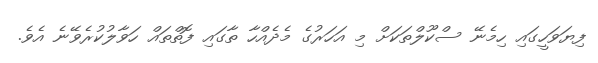
ފިޔަވަހީގައި ހިމެނޭ ސްކޫލްތަކަށް މި އަހަރުގެ މެދެއްހާ ތާގައި ފޮތްތައް ހަވާލުކުރެވޭނެ އެވެ.